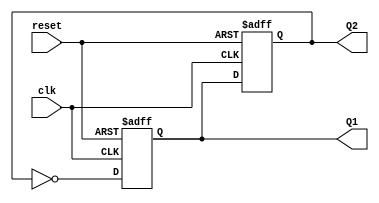
module dual_stage_johnson_counter (
    input wire clk,          // Clock input
    input wire reset,        // Asynchronous reset
    output reg Q1,          // Output of the first flip-flop
    output reg Q2           // Output of the second flip-flop
);

// Sequential logic to implement the dual-stage Johnson counter
always @(posedge clk or posedge reset) begin
    if (reset) begin
        // Asynchronous reset to initialize the counter to 00
        Q1 <= 1'b0;
        Q2 <= 1'b0;
    end else begin
        // Shift the states through the flip-flops
        Q1 <= ~Q2;  // D1 = inverted output of Q2
        Q2 <= Q1;   // D2 = current output of Q1
    end
end

endmodule